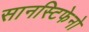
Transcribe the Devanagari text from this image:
सानस्टिफेनो